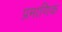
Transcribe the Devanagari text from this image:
प्रमाणिक